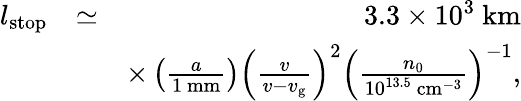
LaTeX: \begin{array}{rlr}{l_{\mathrm{stop}}}&{\simeq}&{3.3\times 10^{3}~\mathrm{km}}\\ &{}&{\times\left(\frac{a}{1~\mathrm{mm}}\right)\left(\frac{v}{v-v_{\mathrm{g}}}\right)^{2}\left(\frac{n_{\mathrm{0}}}{10^{13.5}\mathrm{~cm}^{-3}}\right)^{-1},}\end{array}